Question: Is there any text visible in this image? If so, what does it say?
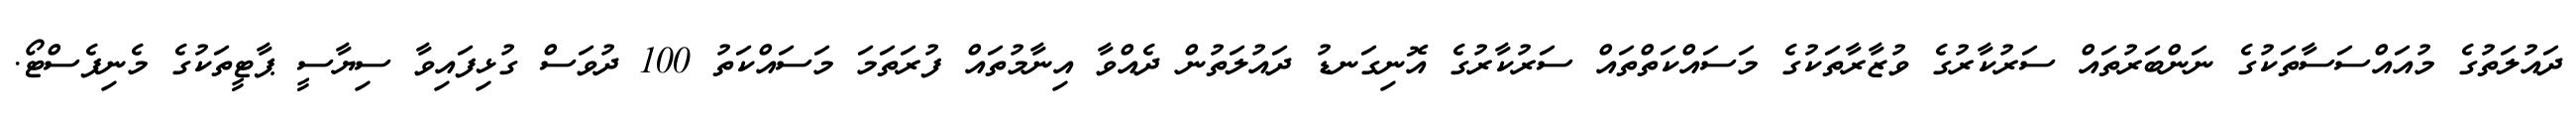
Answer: ދައުލަތުގެ މުއައްސަސާތަކުގެ ނަންބަރުތައް ސަރުކާރުގެ ވުޒާރާތަކުގެ މަސައްކަތްތައް ސަރުކާރުގެ އޮނިގަނޑު ދައުލަތުން ދެއްވާ އިނާމުތައް ފުރަތަމަ މަސައްކަތު 100 ދުވަސް ގުޅިފައިވާ ސިޔާސީ ޕާޓީތަކުގެ މެނިފެސްޓޯ.